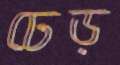
ঢেড়